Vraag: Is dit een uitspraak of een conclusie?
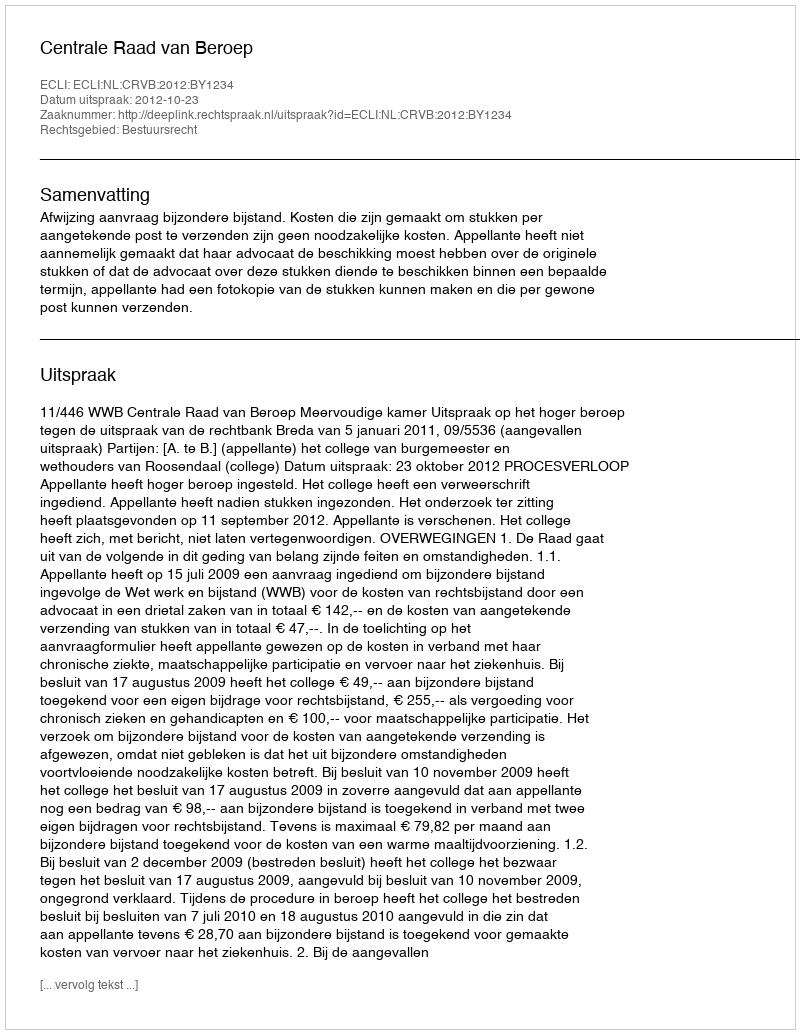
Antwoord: Uitspraak